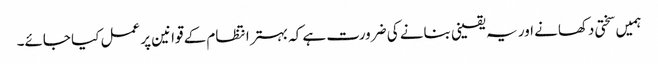
ہمیں سختی دکھانے اور یہ یقینی بنانے کی ضرورت ہے کہ بہتر انتظام کے قوانین پر عمل کیا جائے۔